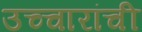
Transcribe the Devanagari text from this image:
उच्चारांची